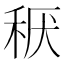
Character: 𱶂